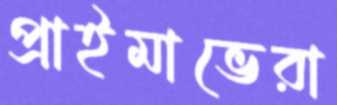
প্রাইমাভেরা